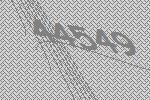
44549